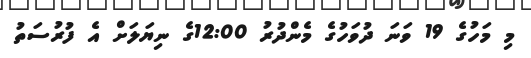
މި މަހުގެ 19 ވަނަ ދުވަހުގެ މެންދުރު 12:00ގެ ނިޔަލަށް އެ ފުރުސަތު